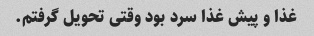
غذا و پیش غذا سرد بود وقتی تحویل گرفتم.